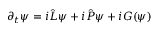
\begin{array} { r } { \partial _ { t } \psi = i \hat { L } \psi + i \hat { P } \psi + i G ( \psi ) } \end{array}